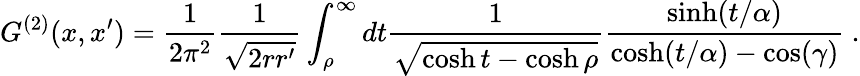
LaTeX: G^{(2)}(x,x^{\prime})=\frac 1{2\pi^{2}}\frac 1{\sqrt{2rr^{\prime}}}\int_{\rho}^{\infty}dt\frac 1{\sqrt{\cosh t-\cosh\rho}}\frac{\sinh(t/\alpha)}{\cosh(t/\alpha)-\cos(\gamma)}\ .